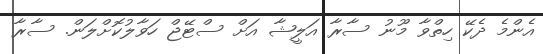
އެންމެ ދެކޭ ހިތްވާ މޫނު ސާރާ އަލީޝާ އަށް ސްޓޭޖް ހަވާލުކޮށްލަން. ސާރާ